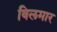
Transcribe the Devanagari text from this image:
विलमार